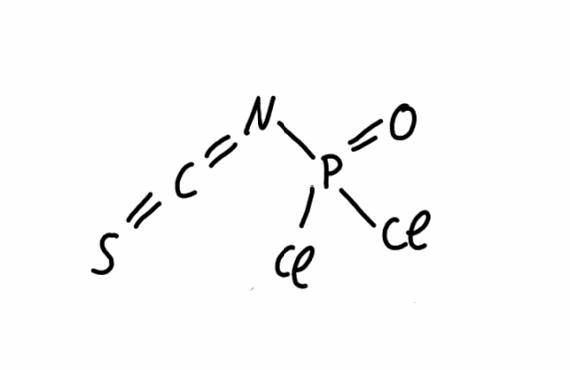
Simplified molecular-input line-entry system (SMILES) notation of the given molecule:
C(=NP(=O)(Cl)Cl)=S